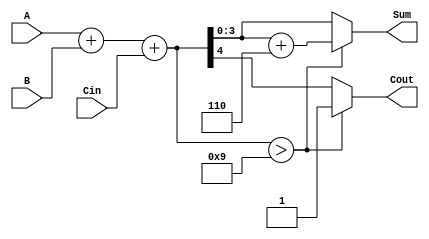
module BCD_Fast_Adder (
    input [3:0] A,      // First BCD digit
    input [3:0] B,      // Second BCD digit
    input Cin,          // Carry-in
    output reg [3:0] Sum, // BCD Sum output
    output reg Cout      // Carry-out
);

    wire [4:0] TempSum; // 5-bit temporary sum to hold the result of A + B + Cin
    wire correction;     // Indicates if correction is needed

    // Step 1: Binary Addition
    assign TempSum = A + B + Cin;

    // Step 2: BCD Correction Logic
    assign correction = (TempSum > 9);

    always @(*) begin
        if (correction) begin
            Sum = TempSum + 5'd6; // Apply correction by adding 6
            Cout = 1; // Set carry-out since correction was applied
        end else begin
            Sum = TempSum[3:0]; // Assign the lower 4 bits of TempSum
            Cout = TempSum[4]; // Carry-out is the 5th bit of TempSum
        end
    end

endmodule